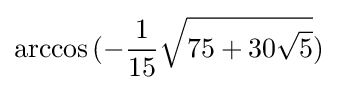
\arccos {(-{\frac {1}{15}}{\sqrt {75+30{\sqrt {5}}}})}